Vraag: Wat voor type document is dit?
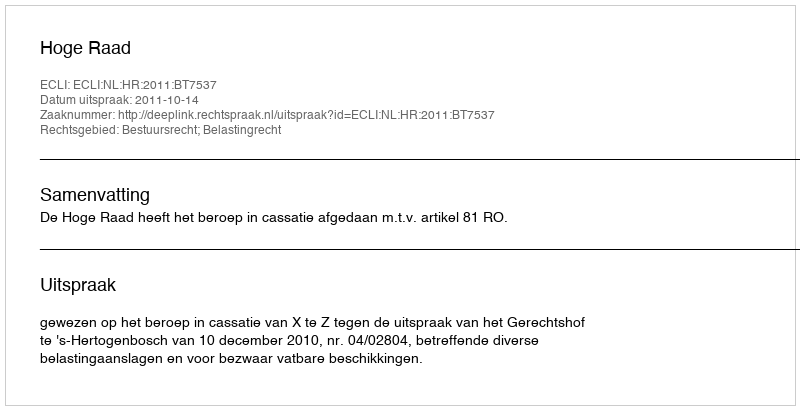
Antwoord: Uitspraak